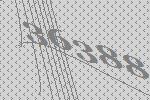
36388